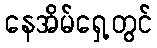
နေအိမ်ရှေ့တွင်